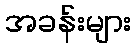
အခန်းများ